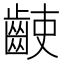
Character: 𪘌